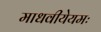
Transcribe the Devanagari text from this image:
माधवीयेयमः